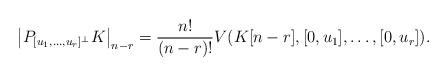
LaTeX: \begin{align*}\left|P_{[u_1,\dots,u_r]^\bot}K\right|_{n-r}=\frac{n!}{(n-r)!}V(K[n-r],[0,u_1],\dots, [0,u_r]).\end{align*}